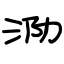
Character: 泐